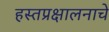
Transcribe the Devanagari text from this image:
हस्तप्रक्षालनाचे